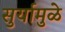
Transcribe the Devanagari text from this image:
सुर्यामुळे